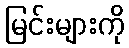
မြင်းများကို